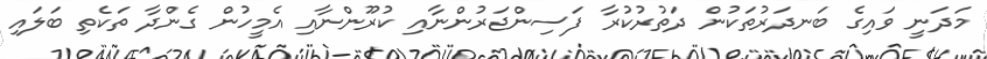
މަދަނީ ވައިގެ ބަނދަރުތަކުން ދަތުރުކުރާ ފަސިންޖަރުންނާއި ކުރޫންނާއި އެމީހުން ގެންދާ ތަކެތި ބަލައި